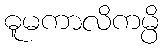
ဓူမကာလိကမ္ပိ